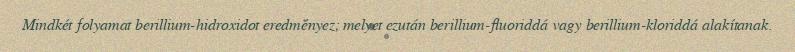
Mindkét folyamat berillium-hidroxidot eredményez; melyet ezután berillium-fluoriddá vagy berillium-kloriddá alakítanak.